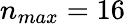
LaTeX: n_{max}=16